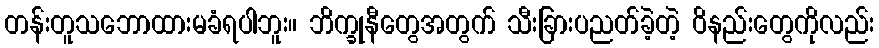
တန်းတူသဘောထားမခံရပါဘူး။ ဘိက္ခုနီတွေအတွက် သီးခြားပညတ်ခဲ့တဲ့ ဝိနည်းတွေကိုလည်း